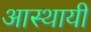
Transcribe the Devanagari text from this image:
आस्थायी